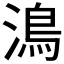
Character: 𩾯